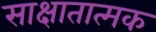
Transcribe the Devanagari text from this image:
साक्षातात्मक